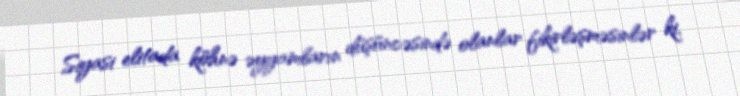
Siyasi elitada köhnə əyyamların düşüncəsində olanlar fikirləşməsinlər ki,